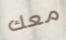
معك